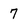
Character: 7